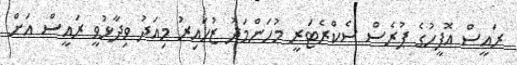
ރައީސް އޮފީހުގެ ޕުރެސް ސެކްރެޓަރީ މުހަންމަދު ޒުހައިރު މިއަދު ވިދާޅުވީ ރައީސް އަށް